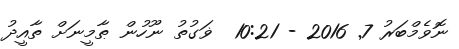
ނޮވެމްބަރު 7